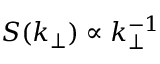
S ( k _ { \perp } ) \propto k _ { \perp } ^ { - 1 }